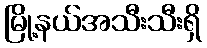
မြို့နယ်အသီးသီးရှိ